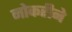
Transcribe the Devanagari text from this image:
नोकरीने